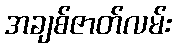
အချစ်ဇာတ်လမ်း